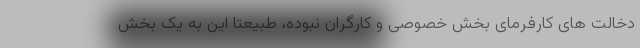
دخالت های کارفرمای بخش خصوصی و کارگران نبوده، طبیعتا این به یک بخش